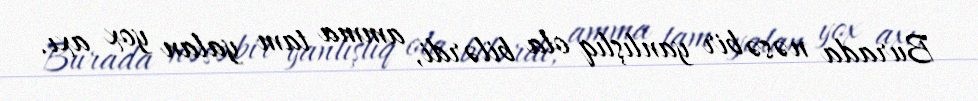
Burada nəsə bir yanlışlıq ola bilərdi, amma tam yalan yox axı.